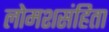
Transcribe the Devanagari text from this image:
लोमशसंहिता